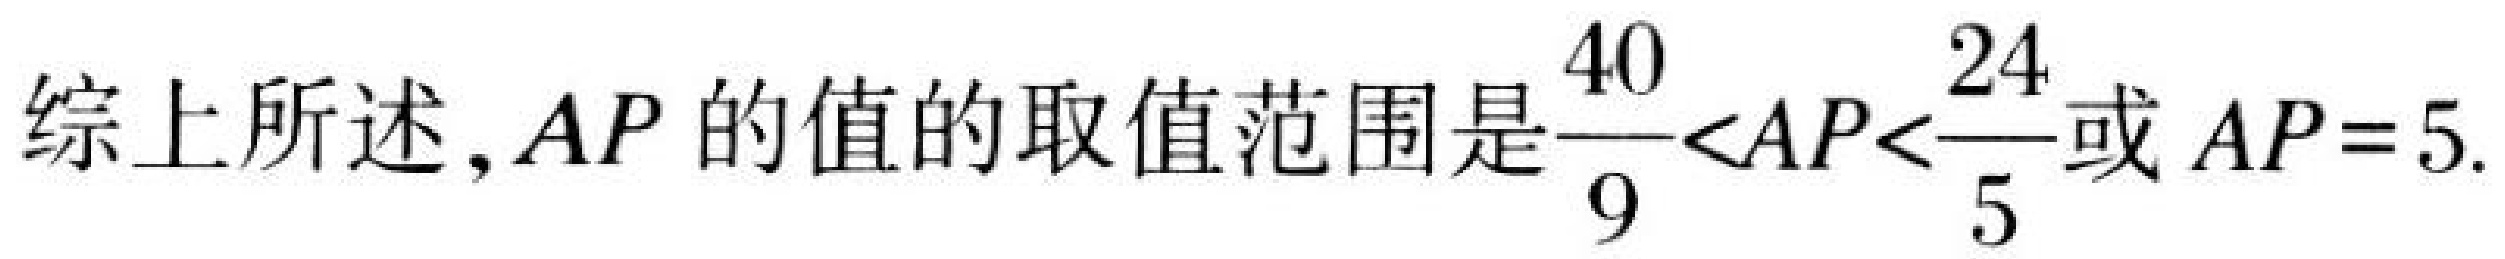
综上所述, \(AP\) 的值的取值范围是\(\dfrac{40}{9}<AP<\dfrac{24}{5}\)或 \(AP = 5\).